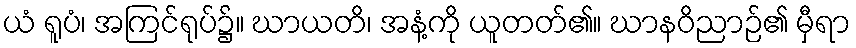
ယံ ရူပံ၊ အကြင်ရုပ်၌။ ဃာယတိ၊ အနံ့ကို ယူတတ်၏။ ဃာနဝိညာဉ်၏ မှီရာ